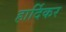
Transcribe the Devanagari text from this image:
हार्दिकर